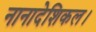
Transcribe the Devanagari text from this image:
नानादेशिकल।